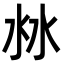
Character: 沝